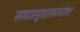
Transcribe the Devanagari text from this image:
समाजसुधारकांबरोबर